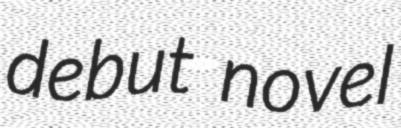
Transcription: debut novel